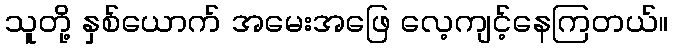
သူတို့ နှစ်ယောက် အမေးအဖြေ လေ့ကျင့်နေကြတယ်။